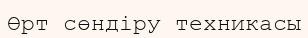
Өрт сөндіру техникасы